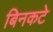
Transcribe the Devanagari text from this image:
बिनकटे